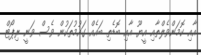
އާއި ކޮމަންވެލްތާއި އީޔޫ އާއި ބޮޑެތި ބައެއް ގައުމުތަކުން ވެސް ވަނީ ރިޕޯޓް